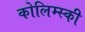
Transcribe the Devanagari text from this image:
कोलिम्स्की